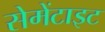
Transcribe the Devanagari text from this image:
सेमेंटाइट